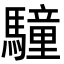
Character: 䮵